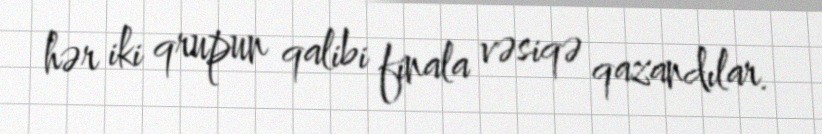
hər iki qrupun qalibi finala vəsiqə qazandılar.